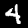
Label: 4